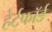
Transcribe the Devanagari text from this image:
हेर्टफाॅर्ड